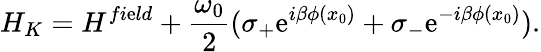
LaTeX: H_{K}=H^{fi\mathrm{e}ld}+\frac{{\omega_{0}}}{{2}}(\sigma_{+}\mathrm{e}^{i\beta\phi(x_{0})}+\sigma_{-}\mathrm{e}^{-i\beta\phi(x_{0})}).